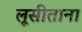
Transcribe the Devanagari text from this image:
लूसीताना